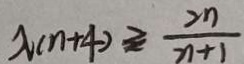
\lambda ( n + 4 ) \geq \frac { 2 n } { n + 1 }